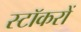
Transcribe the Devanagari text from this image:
स्टॉकरों